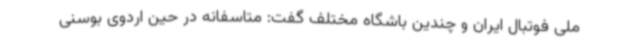
ملی فوتبال ایران و چندین باشگاه مختلف گفت: متاسفانه در حین اردوی بوسنی